Vaccination Hyderabad 1890-1903 - 1890-1903
Year: 1890
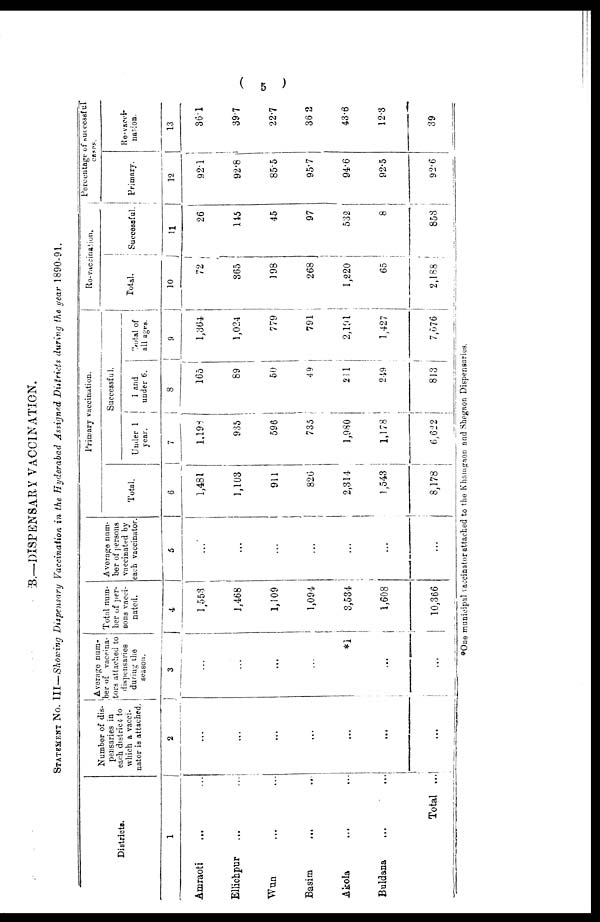
(
5 )
B.—DISPENSARY VACCINATION.
STATEMENT NO. III—Showing Dispensary Vaccination in the Hyderabad Assigned Districts during the year 1890-91.
Districts.
1
Amraoti ... ...
Ellichpur ... ...
Wun ... ...
Basim
...
...
Akola ... ...
Buldana ... ...
Total ...
Number of dis-
pensaries in
each district to
which a vacci-
nator is attached.
2
...
...
...
...
...
...
...
Average num-
-er of vaccina-
tors attached to
dispensaries
during the
season.
3
...
...
...
...
*1
...
...
Total num-
ber of per-
sons vacci-
nated.
4
1,553
1,468
1,109
1,094
3,534
1,608
10,366
Average num-
ber of persons
vaccinated by
each vaccinator.
5
...
...
...
...
...
...
...
Primary vaccination.
Total.
6
1,481
1,103
911
826
2,314
1,543
8,178
Successful.
Under 1
year.
7
1,198
935
596
735
1,980
1,178
6,622
1 and
under 6.
8
165
89
50
49
211
249
813
Total of
all ages.
9
1,364
1,024
779
791
2,191
1,427
7,576
Re-vaccination.
Total.
10
72
365
198
268
1,220
65
2,188
Successful.
11
26
145
45
97
532
8
853
Percentage of successful
cases.
Primary.
12
92.1
92.8
85.5
95.7
94.6
92.5
92.6
Re-vacci¬
nation.
13
36.1
39.7
22.7
36.2
43.6
12.3
39
*One municipal vaccinator attached to the Khamgaon and Shegaon Dispensaries.